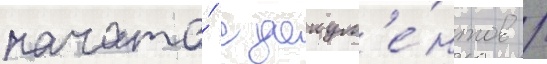
начата́ с докум'е́нтов /